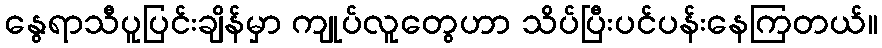
နွေရာသီပူပြင်းချိန်မှာ ကျုပ်လူတွေဟာ သိပ်ပြီးပင်ပန်းနေကြတယ်။